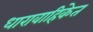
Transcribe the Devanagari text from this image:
धारावाहिकेत